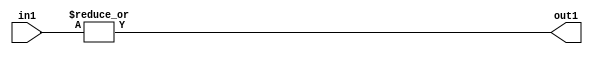
`timescale 1ps / 1ps
/*****************************************************************************
    Verilog RTL Description
    
    
    Created by: Stratus DpOpt 21.05.01 
*******************************************************************************/

module SobelFilter_OrReduction_5U_1U_1 (
	in1,
	out1
	); /* architecture "behavioural" */ 
input [4:0] in1;
output  out1;
wire  asc001;

assign asc001 = 
	(|in1);

assign out1 = asc001;
endmodule

/* CADENCE  urfwTgs= : u9/ySxbfrwZIxEzHVQQV8Q== ** DO NOT EDIT THIS LINE ******/